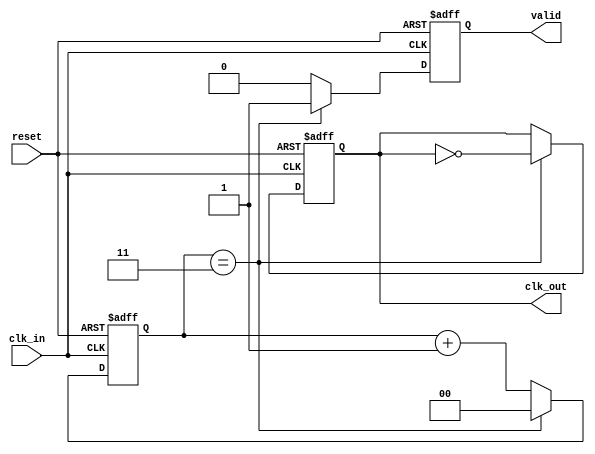
module clock_divider_buffer #(
    parameter DIV_FACTOR = 4  // Default division factor
)(
    input wire clk_in,         // Input clock signal
    input wire reset,          // Asynchronous reset signal
    output reg clk_out,        // Output clock signal
    output reg valid           // Output valid signal
);

    reg [$clog2(DIV_FACTOR)-1:0] counter; // Counter to count clock cycles

    // Asynchronous reset and clock division logic
    always @(posedge clk_in or posedge reset) begin
        if (reset) begin
            counter <= 0;    // Reset counter
            clk_out <= 0;    // Reset output clock
            valid <= 0;      // Reset valid signal
        end else begin
            if (counter == (DIV_FACTOR - 1)) begin
                clk_out <= ~clk_out; // Toggle output clock
                valid <= 1;          // Set valid signal
                counter <= 0;        // Reset counter
            end else begin
                counter <= counter + 1; // Increment counter
                valid <= 0;              // Clear valid signal
            end
        end
    end

endmodule